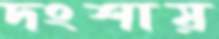
দংশায়